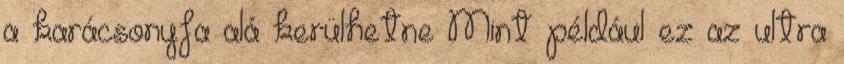
a karácsonyfa alá kerülhetne Mint például ez az ultra